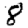
Digit: 8